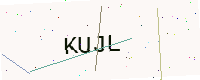
Text: KUJL